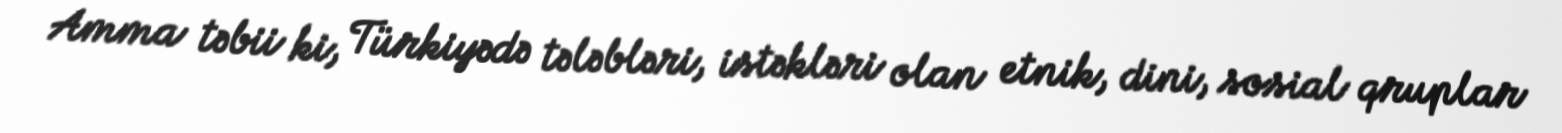
Amma təbii ki, Türkiyədə tələbləri, istəkləri olan etnik, dini, sosial qruplar